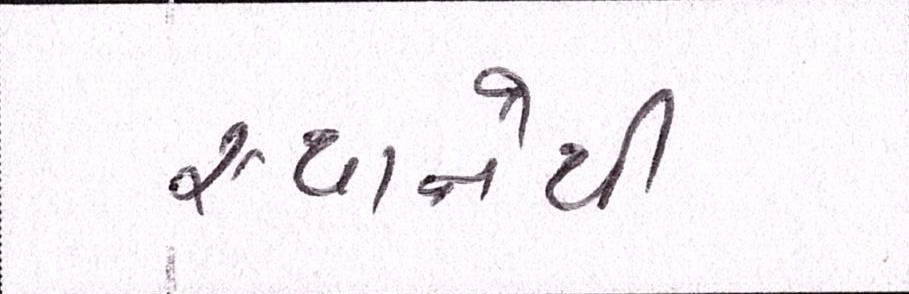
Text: સ્થાનેથી